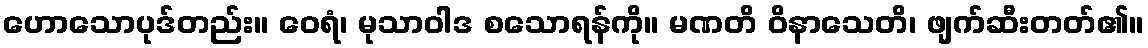
ဟောသောပုဒ်တည်း။ ဝေရံ၊ မုသာဝါဒ စသောရန်ကို။ မဏတိ ဝိနာသေတိ၊ ဖျက်ဆီးတတ်၏။